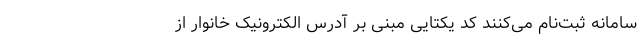
سامانه ثبت‌نام می‌کنند کد یکتایی مبنی بر آدرس الکترونیک خانوار از